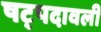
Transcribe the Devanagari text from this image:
षट्पदावली